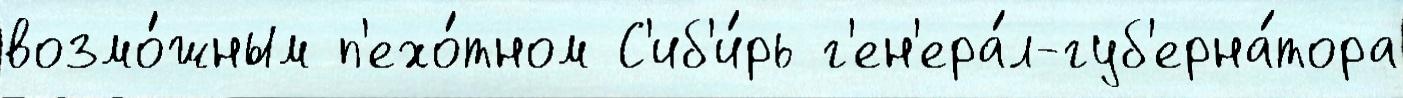
возмо́жным п'ехо́тном С'иб'и́рь г'ен'ера́л-губ'ерна́тора